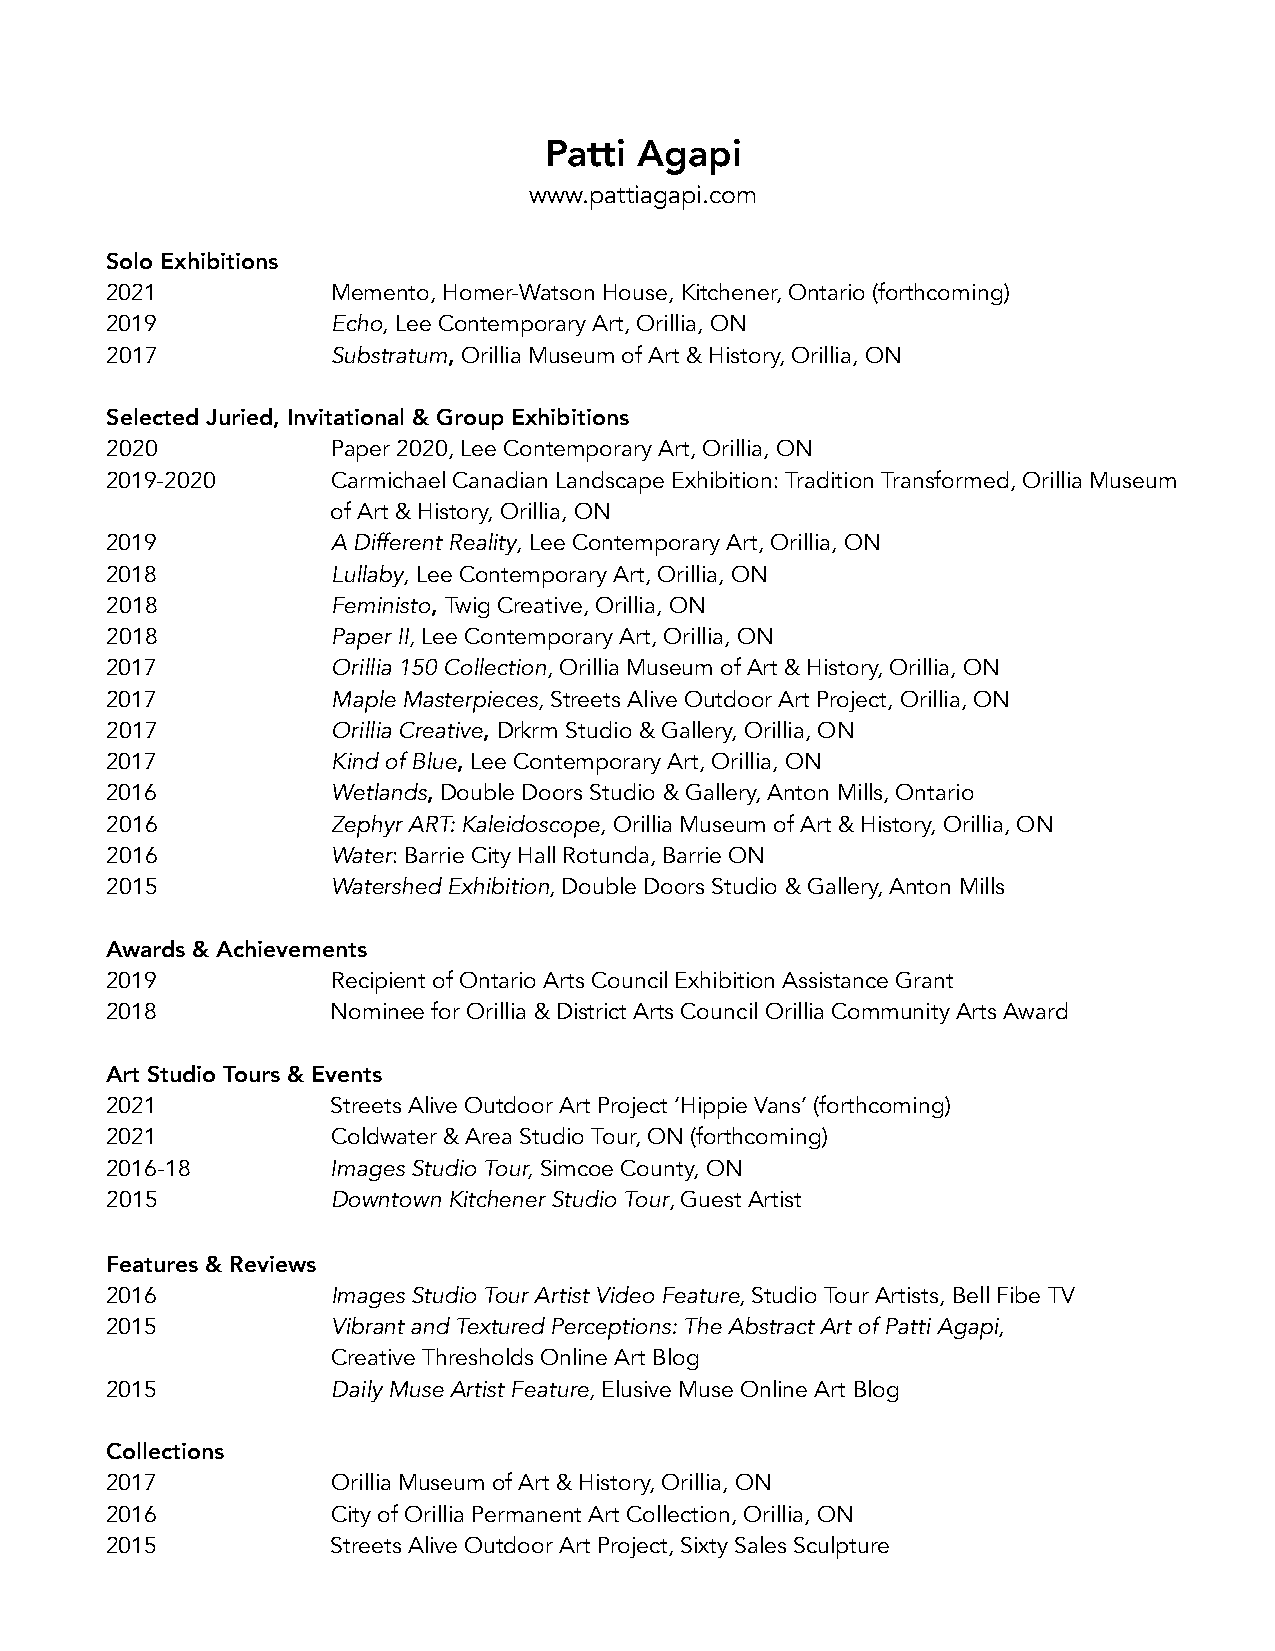
Patti Agapi
 www.pattiagapi.com
 Solo Exhibitions
 2021           Memento, Homer-Watson House, Kitchener, Ontario (forthcoming)
 2019           Echo, Lee Contemporary Art, Orillia, ON
 2017           Substratum, Orillia Museum of Art & History, Orillia, ON
 Selected Juried, Invitational & Group Exhibitions
 2020           Paper 2020, Lee Contemporary Art, Orillia, ON
 2019-2020      Carmichael Canadian Landscape Exhibition: Tradition Transformed, Orillia Museum
 of Art & History, Orillia, ON
 2019           A Different Reality, Lee Contemporary Art, Orillia, ON
 2018           Lullaby, Lee Contemporary Art, Orillia, ON
 2018           Feministo, Twig Creative, Orillia, ON
 2018           Paper II, Lee Contemporary Art, Orillia, ON
 2017           Orillia 150 Collection, Orillia Museum of Art & History, Orillia, ON
 2017           Maple Masterpieces, Streets Alive Outdoor Art Project, Orillia, ON
 2017           Orillia Creative, Drkrm Studio & Gallery, Orillia, ON
 2017           Kind of Blue, Lee Contemporary Art, Orillia, ON
 2016           Wetlands, Double Doors Studio & Gallery, Anton Mills, Ontario
 2016           Zephyr ART: Kaleidoscope, Orillia Museum of Art & History, Orillia, ON
 2016           Water: Barrie City Hall Rotunda, Barrie ON
 2015           Watershed Exhibition, Double Doors Studio & Gallery, Anton Mills
 Awards & Achievements
 2019           Recipient of Ontario Arts Council Exhibition Assistance Grant
 2018           Nominee for Orillia & District Arts Council Orillia Community Arts Award
 Art Studio Tours & Events
 2021           Streets Alive Outdoor Art Project ‘Hippie Vans’ (forthcoming)
 2021           Coldwater & Area Studio Tour, ON (forthcoming)
 2016-18        Images Studio Tour, Simcoe County, ON
 2015           Downtown Kitchener Studio Tour, Guest Artist
 Features & Reviews
 2016           Images Studio Tour Artist Video Feature, Studio Tour Artists, Bell Fibe TV
 2015           Vibrant and Textured Perceptions: The Abstract Art of Patti Agapi,
 Creative Thresholds Online Art Blog
 2015           Daily Muse Artist Feature, Elusive Muse Online Art Blog
 Collections
 2017           Orillia Museum of Art & History, Orillia, ON
 2016           City of Orillia Permanent Art Collection, Orillia, ON
 2015           Streets Alive Outdoor Art Project, Sixty Sales Sculpture